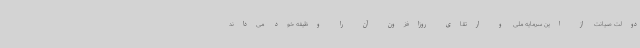
دولت صیانت از این سرمایه ملی و ارتقای روزافزون آن را وظیفه خود می‌داند